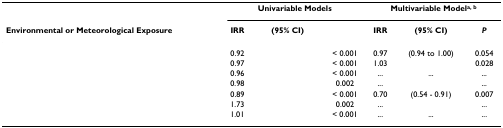
<table><thead><tr><td>[EMPTY_CELL]</td><td colspan="3"><b>Univariable Models</b></td><td colspan="3"><b>Multivariable Model<sup>a, b</sup></b></td></tr><tr><td><b>Environmental or Meteorological Exposure</b></td><td><b>IRR</b></td><td><b>(95% CI)</b></td><td>[EMPTY_CELL]</td><td><b>IRR</b></td><td><b>(95% CI)</b></td><td><b><i>P</i></b></td></tr></thead><tbody><tr><td>[EMPTY_CELL]</td><td>0.92</td><td>[EMPTY_CELL]</td><td>&lt; 0.001</td><td>0.97</td><td>(0.94 to 1.00)</td><td>0.054</td></tr><tr><td>[EMPTY_CELL]</td><td>0.97</td><td>[EMPTY_CELL]</td><td>&lt; 0.001</td><td>1.03</td><td>[EMPTY_CELL]</td><td>0.028</td></tr><tr><td>[EMPTY_CELL]</td><td>0.96</td><td>[EMPTY_CELL]</td><td>&lt; 0.001</td><td>...</td><td>...</td><td>...</td></tr><tr><td>[EMPTY_CELL]</td><td>0.98</td><td>[EMPTY_CELL]</td><td>0.002</td><td>...</td><td>[EMPTY_CELL]</td><td>...</td></tr><tr><td>[EMPTY_CELL]</td><td>0.89</td><td>[EMPTY_CELL]</td><td>&lt; 0.001</td><td>0.70</td><td>(0.54 - 0.91)</td><td>0.007</td></tr><tr><td>[EMPTY_CELL]</td><td>1.73</td><td>[EMPTY_CELL]</td><td>0.002</td><td>...</td><td>[EMPTY_CELL]</td><td>...</td></tr><tr><td>[EMPTY_CELL]</td><td>1.01</td><td>[EMPTY_CELL]</td><td>&lt; 0.001</td><td>...</td><td>...</td><td>...</td></tr></tbody></table>